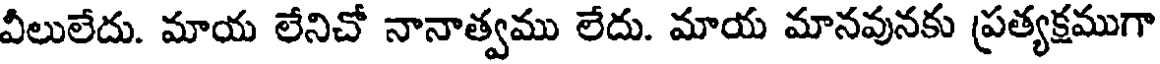
వీలులేదు. మాయ లేనిచో నానాత్వము లేదు. మాయ మానవునకు ప్రత్యక్షముగా